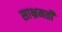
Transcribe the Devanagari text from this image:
साभ्रमती